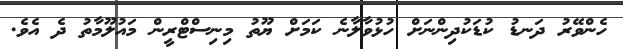
ހެންވޭރު ދަނޑު ކުޑަކުދިންނަށް ހުޅުވާލާނެ ކަމަށް ޔޫތު މިނިސްޓްރީން މައުލޫމާތު ދެ އެވެ.